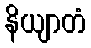
နိယျာတံ